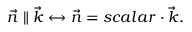
\vec { n } \parallel \vec { k } \leftrightarrow \vec { n } = s c a l a r \cdot \vec { k } .